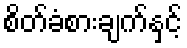
စိတ်ခံစားချက်နှင့်